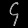
Digit: ၄